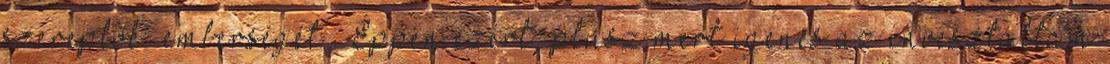
szereplők “emberségét”. Éppen ezért, plusz mert igenis az invesztáltam